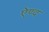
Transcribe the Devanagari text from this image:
ऐण्द